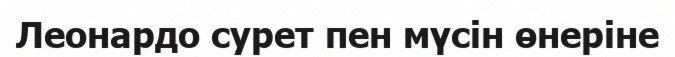
Леонардо сурет пен мүсін өнеріне